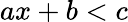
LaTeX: ax+b<c